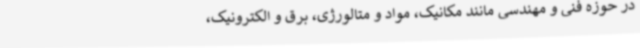
در حوزه فنی و مهندسی مانند مکانیک، مواد و متالورژی، برق و الکترونیک،